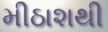
મીઠાશથી